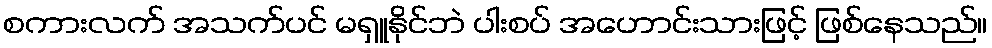
စကားလက် အသက်ပင် မရှူနိုင်ဘဲ ပါးစပ် အဟောင်းသားဖြင့် ဖြစ်နေသည်။